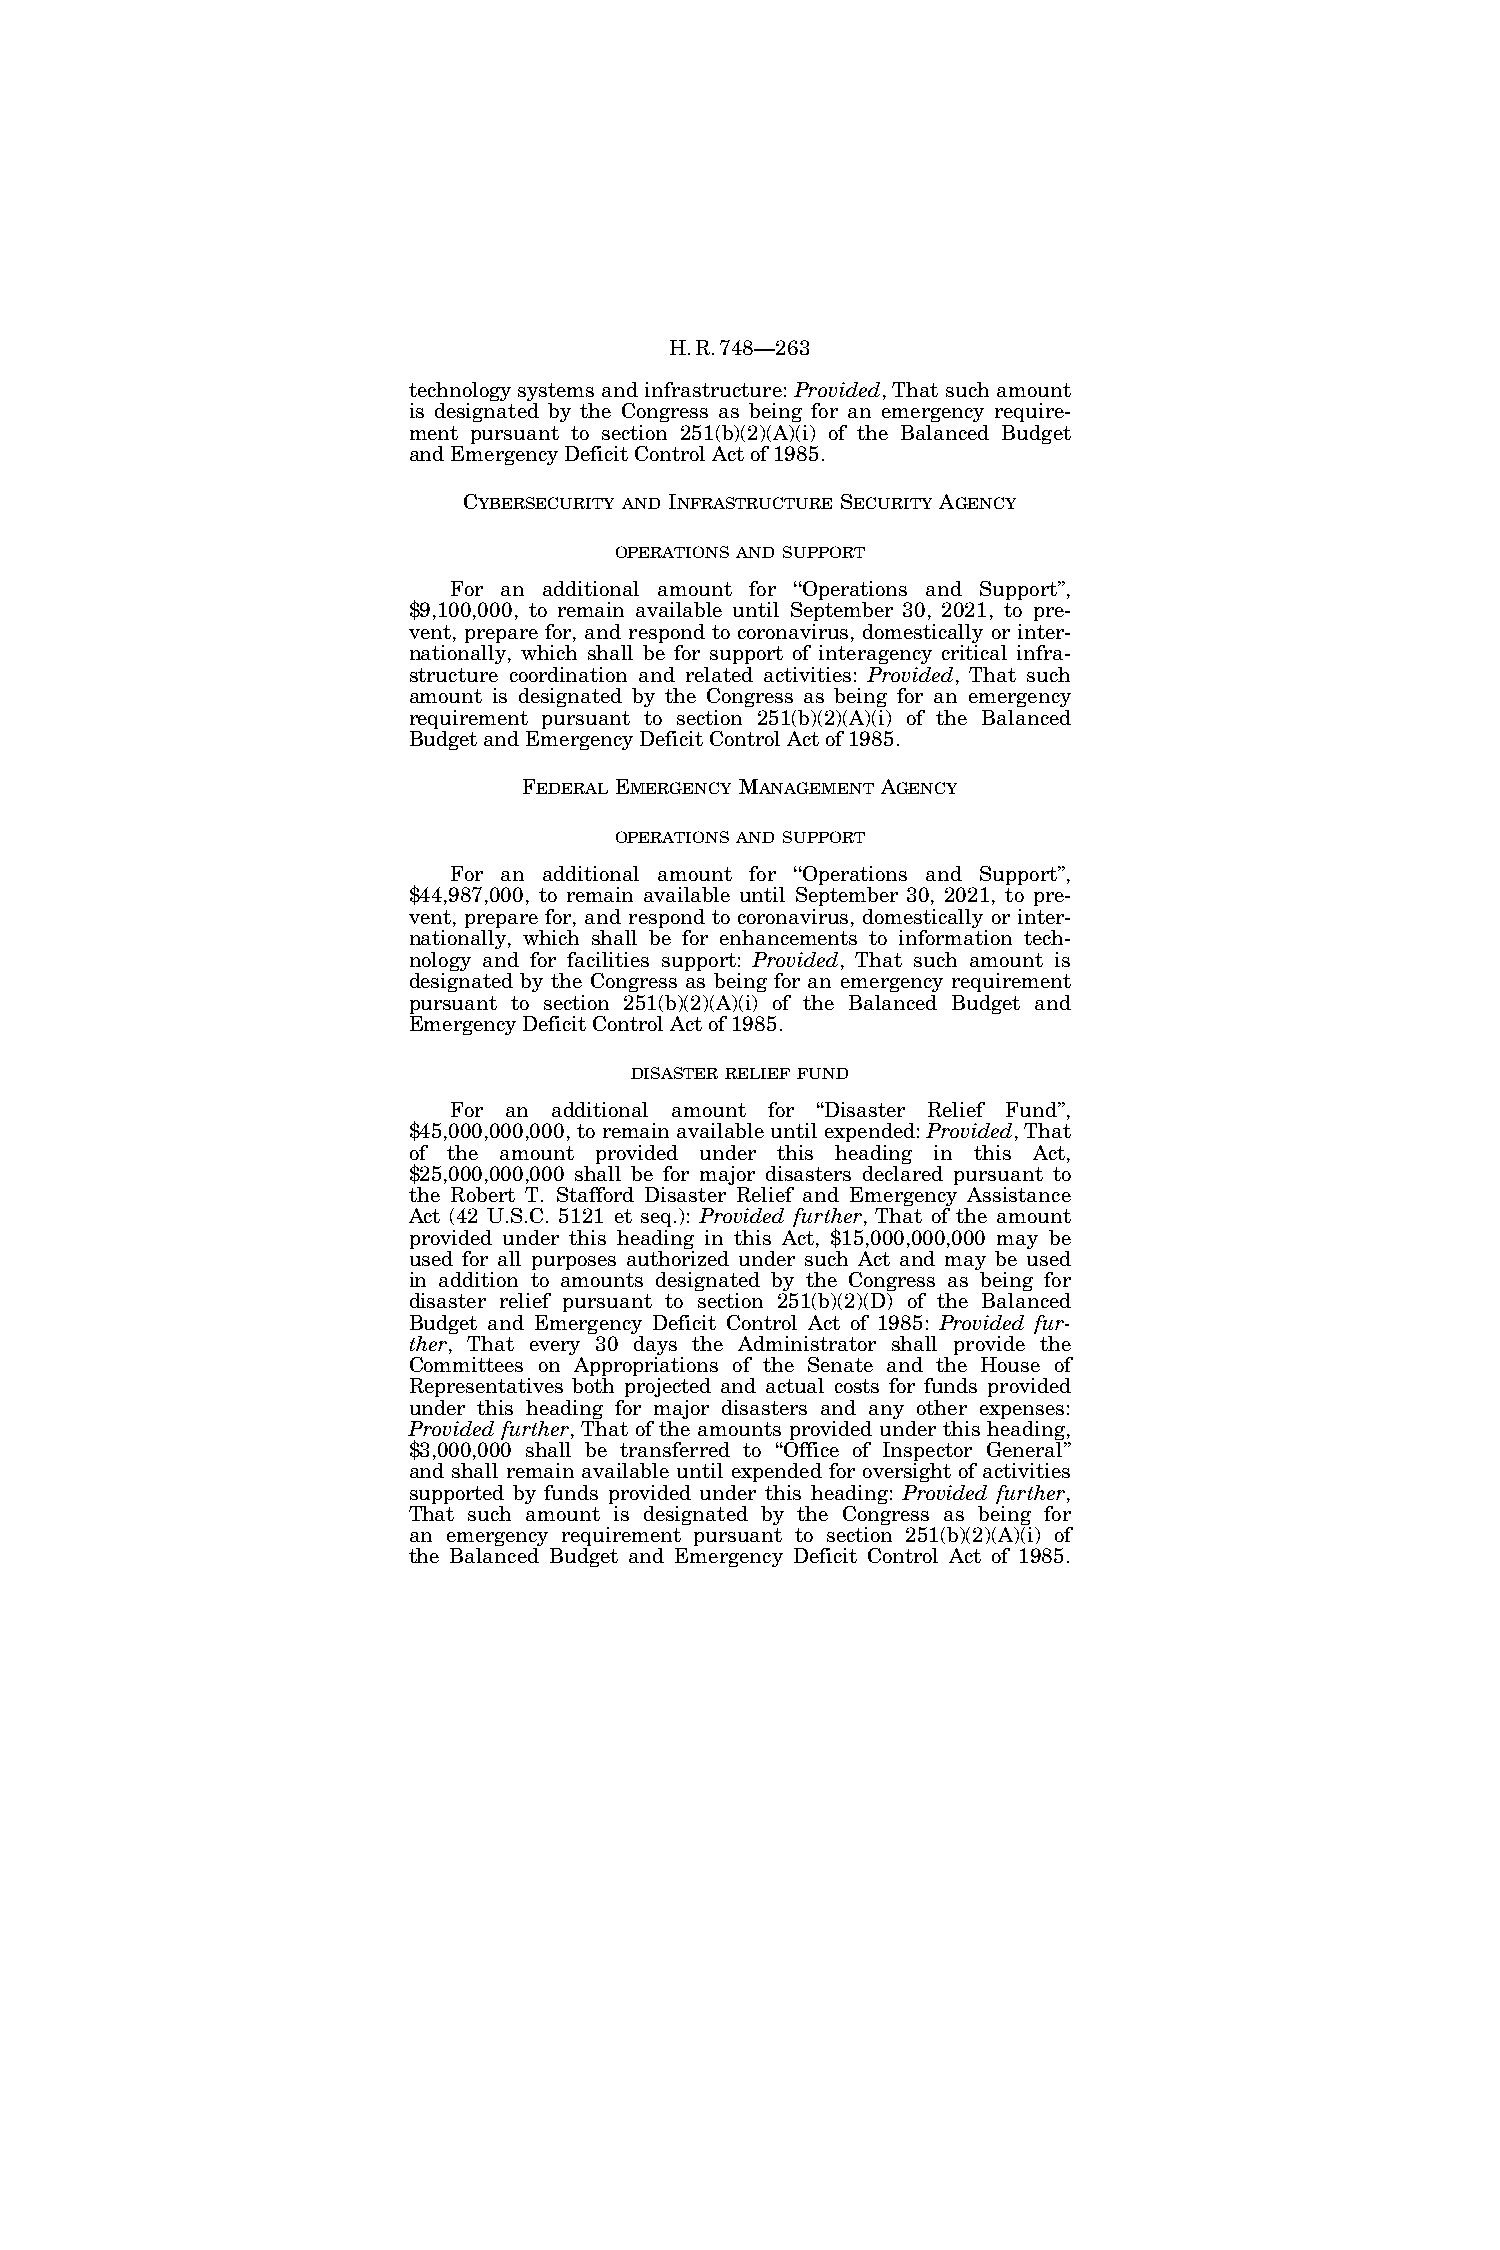
H.R.748—263
 technology systems and infrastructure: Provided, That such amount
 is designated by the Congress as being for an emergency require-
 ment pursuant to section 251(b)(2)(A)(i) of the Balanced Budget
 and Emergency Deficit Control Act of 1985.
 CYBERSECURITY AND INFRASTRUCTURE SECURITY AGENCY
 OPERATIONS AND SUPPORT
 For an additional amount for ‘‘Operations and Support’’,
 $9,100,000, to remain available until September 30, 2021, to pre-
 vent, prepare for, and respond to coronavirus, domestically or inter-
 nationally, which shall be for support of interagency critical infra-
 structure coordination and related activities: Provided, That such
 amount is designated by the Congress as being for an emergency
 requirement pursuant to section 251(b)(2)(A)(i) of the Balanced
 Budget and Emergency Deficit Control Act of 1985.
 FEDERAL EMERGENCY MANAGEMENT AGENCY
 OPERATIONS AND SUPPORT
 For an additional amount for ‘‘Operations and Support’’,
 $44,987,000, to remain available until September 30, 2021, to pre-
 vent, prepare for, and respond to coronavirus, domestically or inter-
 nationally, which shall be for enhancements to information tech-
 nology and for facilities support: Provided, That such amount is
 designated by the Congress as being for an emergency requirement
 pursuant to section 251(b)(2)(A)(i) of the Balanced Budget and
 Emergency Deficit Control Act of 1985.
 DISASTER RELIEF FUND
 For an additional amount for ‘‘Disaster Relief Fund’’,
 $45,000,000,000, to remain available until expended: Provided, That
 of the amount provided under this heading in this Act,
 $25,000,000,000 shall be for major disasters declared pursuant to
 the Robert T. Stafford Disaster Relief and Emergency Assistance
 Act (42 U.S.C. 5121 et seq.): Provided further, That of the amount
 provided under this heading in this Act, $15,000,000,000 may be
 used for all purposes authorized under such Act and may be used
 in addition to amounts designated by the Congress as being for
 disaster relief pursuant to section 251(b)(2)(D) of the Balanced
 Budget and Emergency Deficit Control Act of 1985: Provided fur-
 ther, That every 30 days the Administrator shall provide the
 Committees on Appropriations of the Senate and the House of
 Representatives both projected and actual costs for funds provided
 under this heading for major disasters and any other expenses:
 Provided further, That of the amounts provided under this heading,
 $3,000,000 shall be transferred to ‘‘Office of Inspector General’’
 and shall remain available until expended for oversight of activities
 supported by funds provided under this heading: Provided further,
 That such amount is designated by the Congress as being for
 an emergency requirement pursuant to section 251(b)(2)(A)(i) of
 the Balanced Budget and Emergency Deficit Control Act of 1985.